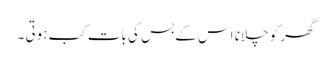
گھر کو چلانا اس کے بس کی بات کب ہوتی ۔